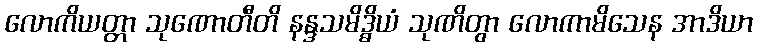
လောကိယတ္တာ သုဏောတီတိ နန္ဒသမိဒ္ဓိယံ သုဏိတွာ လောကာမိသေန အာဒိယာ